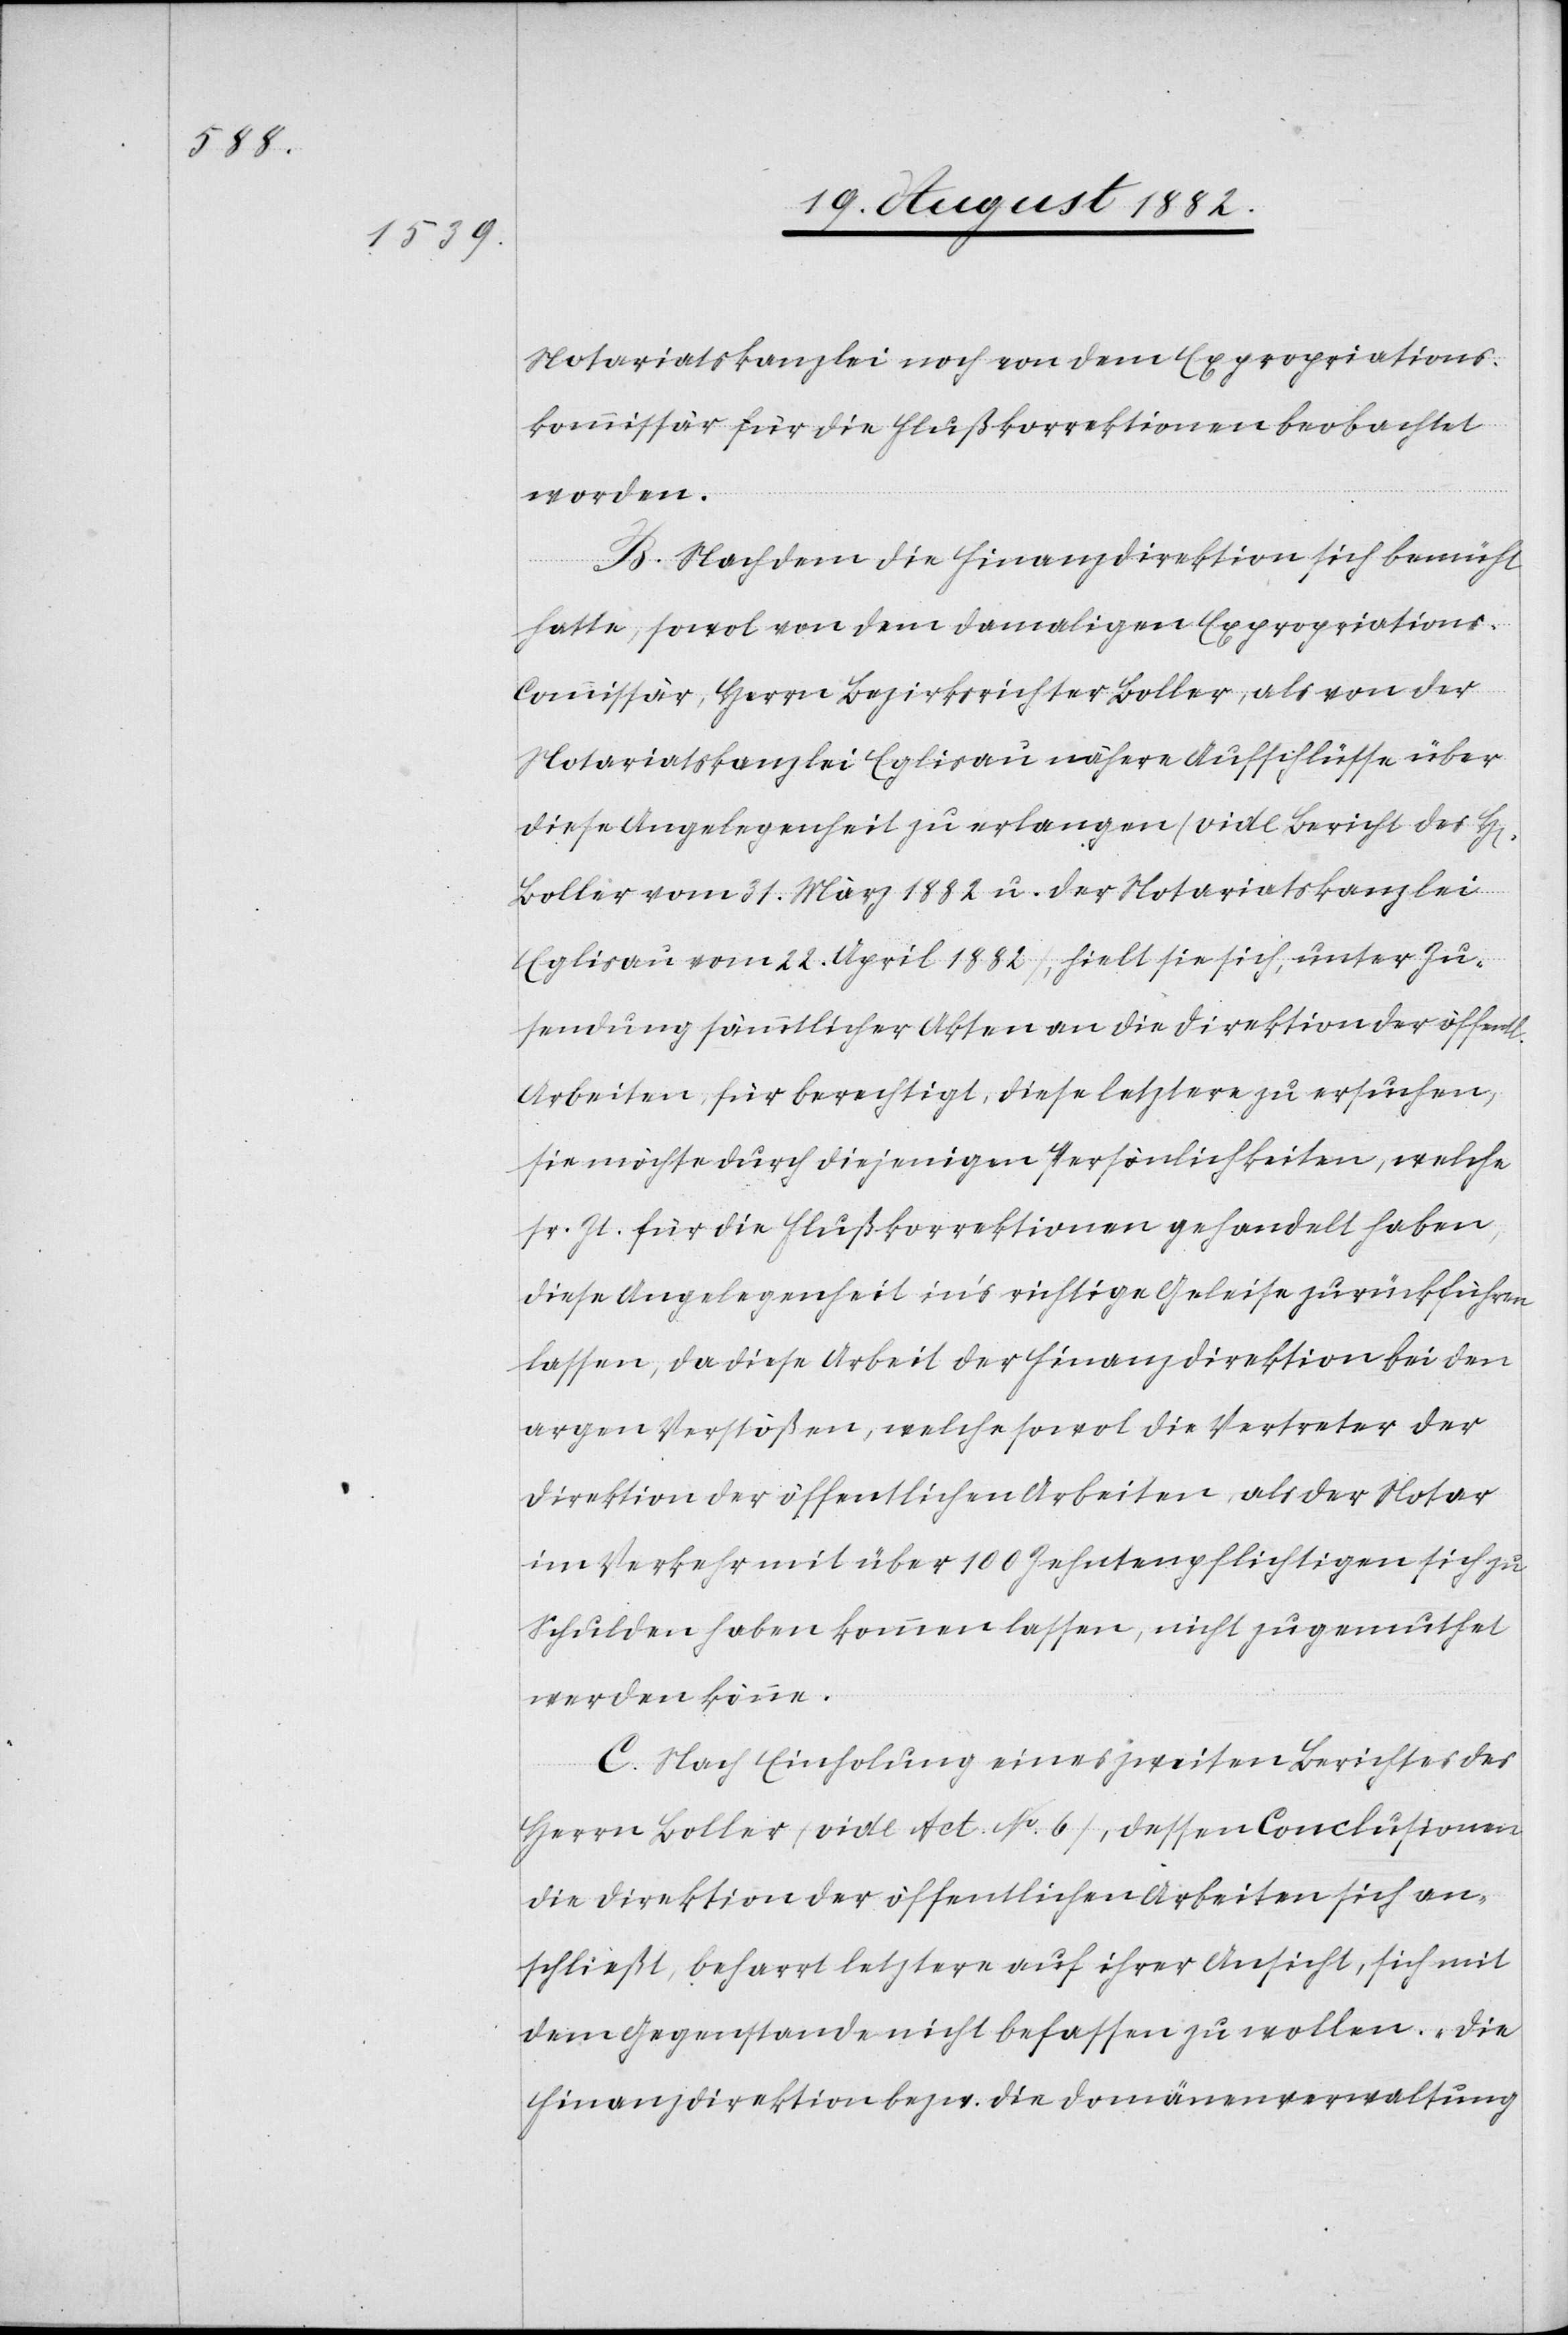
Notariatskanzlei noch von dem Expropriations¬
kommissär für die Flußkorrektionen beobachtet
worden.
B. Nachdem die Finanzdirektion sich bemüht
hatte, sowol von dem damaligen Expropriation¬
s-Commissär, Herrn Bezirksrichter Boller, als von der
Notariatskanzlei Eglisau nähere Aufschlüsse über
diese Angelegenheit zu erlangen (vide Bericht des
Bollier vom 31. März 1882 u. der Notariatskanzlei
Eglisau vom 22. April 1882), hielt sie sich, unter Zu¬
sendung sämmtlicher Akten an die Direktion der öffentl.
Arbeiten, für berechtigt, diese letztere zu ersuchen,
sie möchte durch diejenigen Persönlichkeiten, welche
sr. Zt. für die Flußkorrektionen gehandelt haben,
diese Angelegenheit in’s richtige Geleise zurückführen
lassen, da diese Arbeit der Finanzdirektion bei den
argen Verstößen, welche sowol die Vertreter der
Direktion der öffentlichen Arbeiten, als der Notar
im Verkehr mit über 100 Zehntenpflichtigen sich zu
Schulden haben kommen lassen, nicht zugemuthet
werden könne.
C. Nach Einholung eines zweiten Berichtes des
Herrn Boller (vide Act. No 6), dessen Conclusionen
die Direktion der öffentlichen Arbeiten sich an¬
schließt, beharrt letztere auf ihrer Ansicht, sich mit
dem Gegenstande nicht befassen zu wollen. „Die
Finanzdirektion bezw. die Domänenveraltung